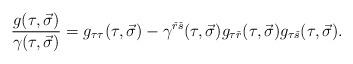
LaTeX: \begin{align*}{{g(\tau ,\vec \sigma )}\over {\gamma (\tau ,\vec \sigma )}}=g_{\tau\tau}(\tau ,\vec \sigma )-\gamma^{{\check r}{\check s}}(\tau ,\vec \sigma )g_{\tau {\check r}}(\tau ,\vec \sigma )g_{\tau {\check s}}(\tau ,\vec \sigma ).\end{align*}